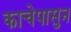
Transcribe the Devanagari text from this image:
काचेपासुन